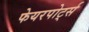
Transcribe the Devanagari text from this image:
फेयरपोर्ट्स